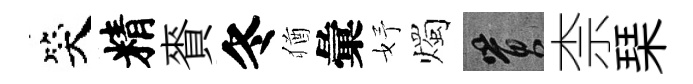
笑精賚冬猶彙妤燭篔柰琹